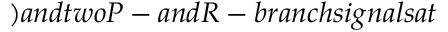
) a n d t w o P - a n d R - b r a n c h s i g n a l s a t